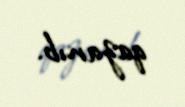
qazanıb.